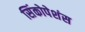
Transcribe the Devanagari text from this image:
सिंकोपेशंस